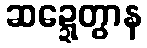
ဆဍ္ဍေတွာန